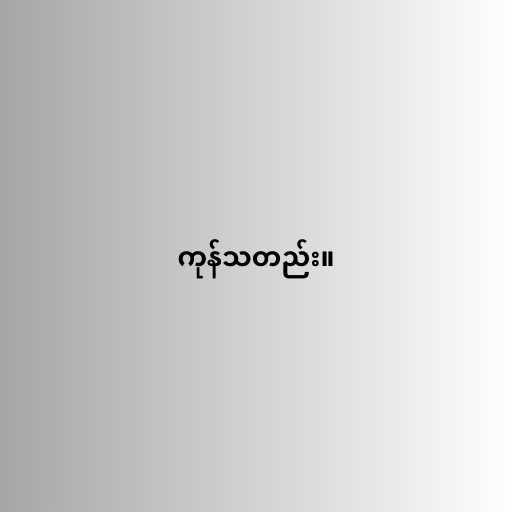
ကုန်သတည်း။